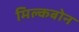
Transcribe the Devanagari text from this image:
मिल्कबोन